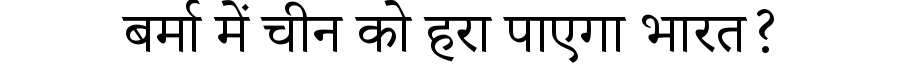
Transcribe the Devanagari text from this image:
बर्मा में चीन को हरा पाएगा भारत?